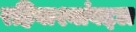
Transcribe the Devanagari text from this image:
रहिवाश्यांबद्दल